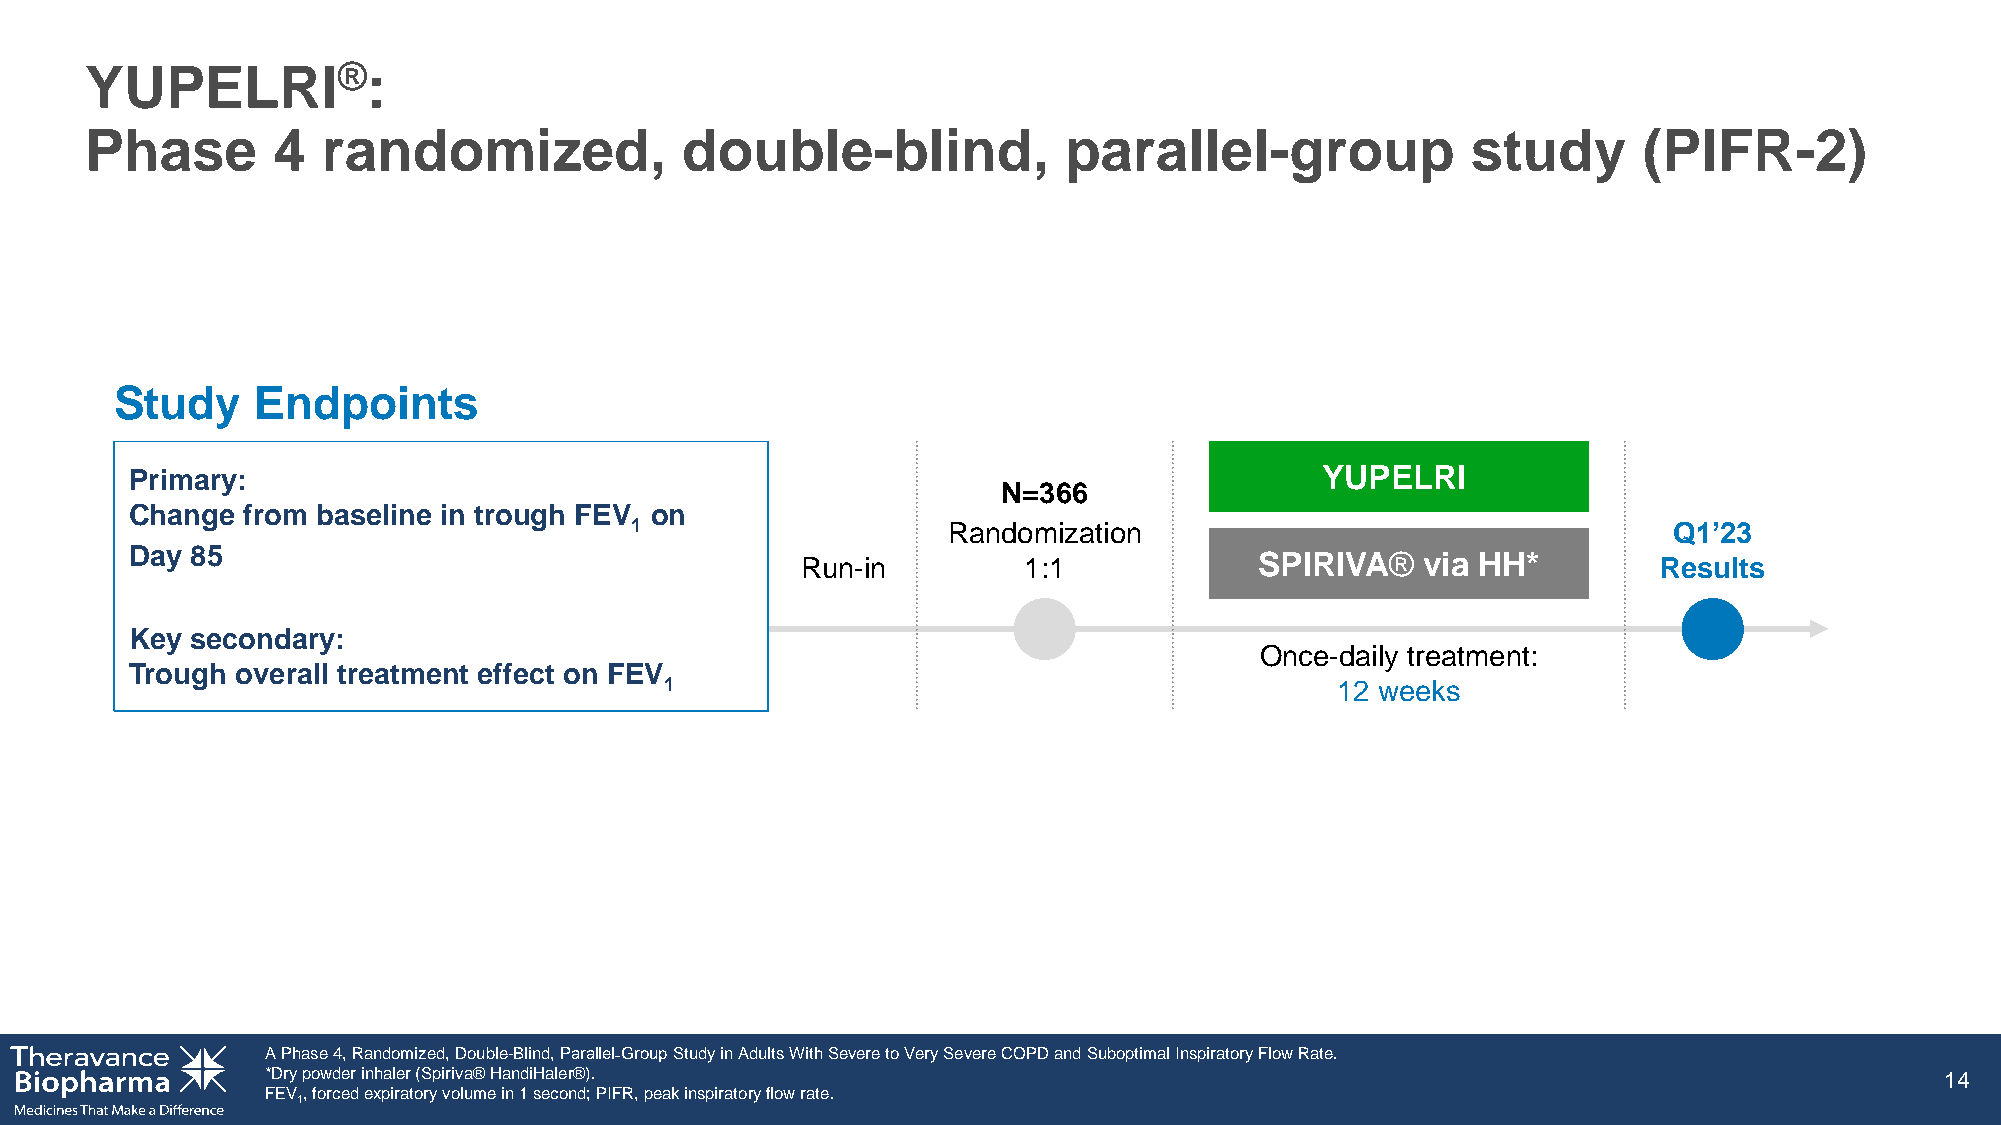
YUPELRI®:
 Phase       4  randomized,             double-blind,            parallel-group             study       (PIFR-2)
 Study    Endpoints
 Primary:                                                                      YUPELRI
 N=366
 Change from baseline in trough FEV on
 1                    Randomization                                   Q1’23
 Day 85
 Run-in         1:1            SPIRIVA®   via HH*         Results
 Key secondary:
 Once-daily treatment:
 Trough overall treatment effect on FEV
 1                                           12 weeks
 A Phase 4, Randomized, Double-Blind, Parallel˗GroupStudy in Adults With Severe to Very Severe COPD and Suboptimal Inspiratory Flow Rate.
 *Dry powder inhaler (Spiriva® HandiHaler®).                                                                    14
 FEV, forced expiratory volume in 1 second; PIFR, peak inspiratory flow rate.
 1